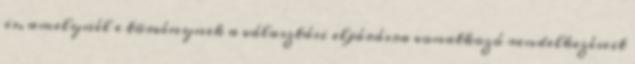
is, amelynél e törvénynek a választási eljárásra vonatkozó rendelkezéseit